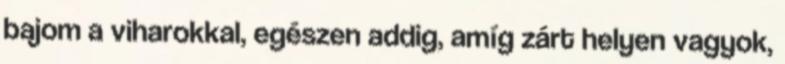
bajom a viharokkal, egészen addig, amíg zárt helyen vagyok,